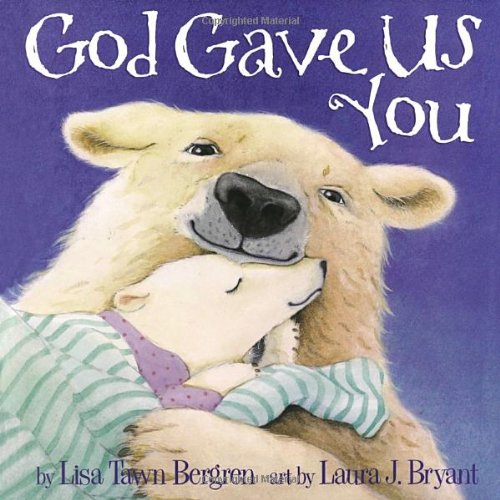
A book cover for God Gave Us You; Lisa Tawn Bergren; Christian Books & Bibles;